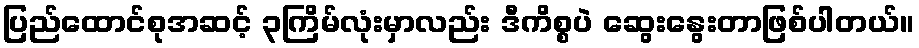
ပြည်ထောင်စုအဆင့် ၃ကြိမ်လုံးမှာလည်း ဒီကိစ္စပဲ ဆွေးနွေးတာဖြစ်ပါတယ်။